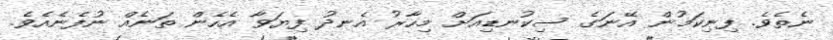
ނެތެވެ. ފިނިކަމުން އޭނަގެ ސިކުނޑިއަށް މިހާރު އެނދު ފިޔަވާ އެހެން ތަނެއް ނުފެނެއެވެ.